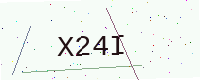
Text: X24I